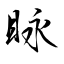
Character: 眿